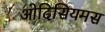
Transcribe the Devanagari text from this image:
ओदिसियमस